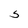
Character: S